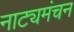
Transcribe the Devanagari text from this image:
नाट्यमंचन